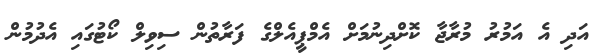
އަދި އެ އަމުރު މުރާޖާ ކޮށްދިނުމަށް އެމްޕީއެލްގެ ފަރާތުން ސިވިލް ކޯޓުގައި އެދުމުން